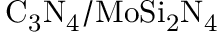
\mathrm { C _ { 3 } N _ { 4 } / M o S i _ { 2 } N _ { 4 } }